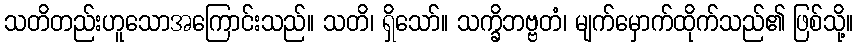
သတိတည်းဟူသောအကြောင်းသည်။ သတိ၊ ရှိသော်။ သက္ခိဘဗ္ဗတံ၊ မျက်မှောက်ထိုက်သည်၏ ဖြစ်သို့။